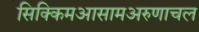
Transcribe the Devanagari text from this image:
सिक्किमआसामअरुणाचल